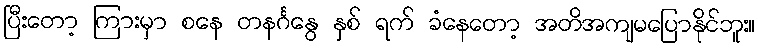
ပြီးတော့ ကြားမှာ စနေ တနင်္ဂနွေ နှစ် ရက် ခံနေတော့ အတိအကျမပြောနိုင်ဘူး။